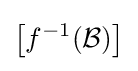
\left[f^{-1}({\mathcal {B}})\right]